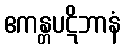
ဧကန္တပဋိဘာနံ